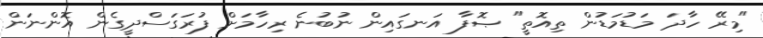
"މިރޭ ހާދަ މަޑުމަޑުން ތިއޮތީ" ޞޮފާ އަނގައިން ނުބުނެ ރިހާމަށް ފުރަގަސްދީގެން އޮންނަން